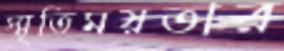
স্মৃতিময়তার